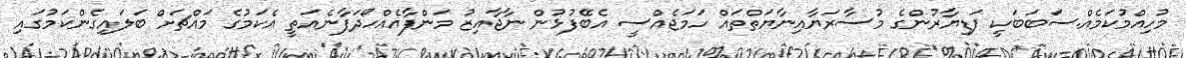
މުހިއްމުކަމެއް.ސަބަބަކީ ފަޑިޔާރުންގެ މުސާރަޔާއިނާޔަތްތައް ހަމަޖެއްސީ އެބޭފުޅުން ނާޖާއިޒު މަންފާއެއްހޯދަފާނެއަތީ އެކަމުގެ މައްޗަށް ބަލައިގެންކަމުގައި